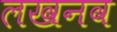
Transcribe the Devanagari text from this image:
लखनव